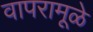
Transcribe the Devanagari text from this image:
वापरामूळे